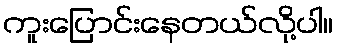
ကူးပြောင်းနေတယ်လို့ပါ။